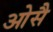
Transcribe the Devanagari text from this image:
ओसै